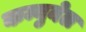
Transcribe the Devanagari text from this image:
कम्युनेल